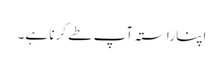
اپنا راستہ آپ طے کرنا ہے۔